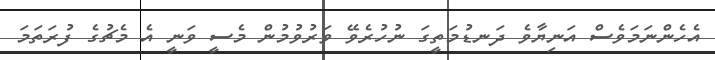
އެހެންނަމަވެސް އަނިޔާވެ ދަނޑުމަތީގަ ނުހުރެވޭ ވަރުވުމުން މެސީ ވަނީ އެ މެޗުގެ ފުރަތަމަ